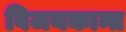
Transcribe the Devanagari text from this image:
विजयकान्त